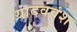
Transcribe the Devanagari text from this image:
यादववंश